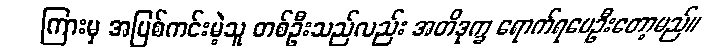
ကြားမှ အပြစ်ကင်းမဲ့သူ တစ်ဦးသည်လည်း အတိဒုက္ခ ရောက်ရပေဦးတော့မည်။